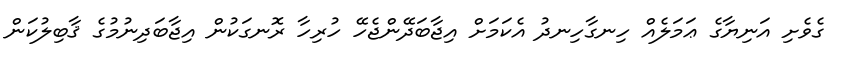
ގެވެށި އަނިޔާގެ ޢަމަލެއް ހިނގާހިނދު އެކަމަށް އިޖާބަދޭންޖެހޭ ހުރިހާ ރޮނގަކުން އިޖާބަދިނުމުގެ ޤާބިލުކަން